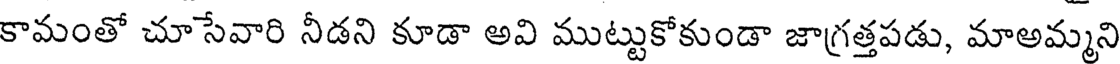
కామంతో చూసేవారి నీడని కూడా అవి ముట్టుకోకుండా జాగ్రత్తపడు, మాఅమ్మని